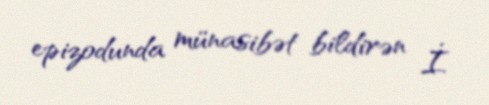
epizodunda münasibət bildirən İ.